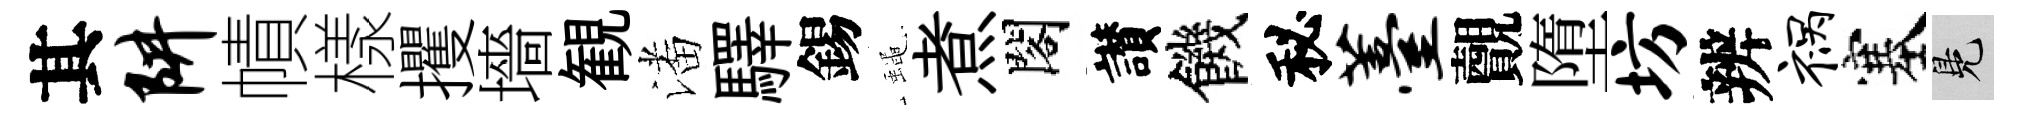
其阱幘樣攫墻観潘驛錫蠅煮閣讃饑秘薹覿墮坊辨祸塞鳬